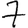
Digit: 7